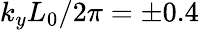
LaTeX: k_{y}L_{0}/2\pi=\pm 0.4